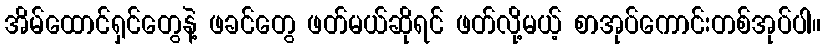
အိမ်ထောင်ရှင်တွေနဲ့ ဖခင်တွေ ဖတ်မယ်ဆိုရင် ဖတ်လို့မယ့် စာအုပ်ကောင်းတစ်အုပ်ပါ။